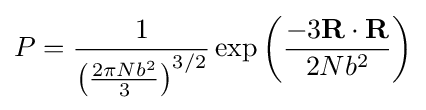
P={\frac {1}{\left({\frac {2\pi Nb^{2}}{3}}\right)^{3/2}}}\exp \left({\frac {-3\mathbf {R} \cdot \mathbf {R} }{2Nb^{2}}}\right)